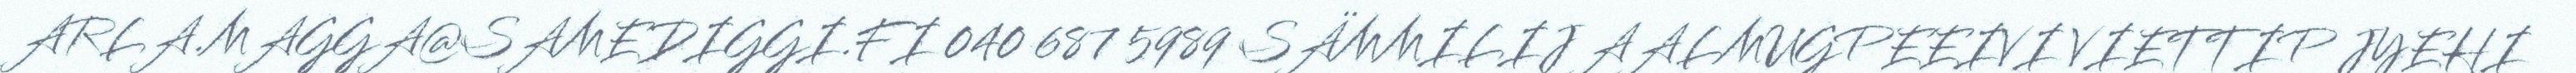
ARLA.MAGGA@SAMEDIGGI.FI 040 687 5989 SÄMMILIJ AALMUGPEEIVI VIETTIP JYEHI